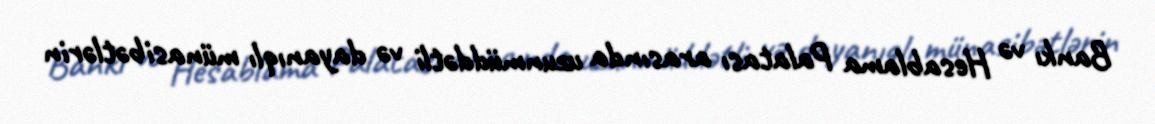
Bankı və Hesablama Palatası arasında uzunmüddətli və dayanıqlı münasibətlərin